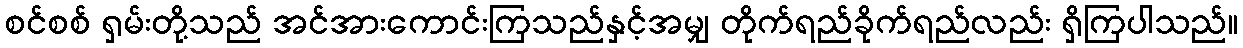
စင်စစ် ရှမ်းတို့သည် အင်အားကောင်းကြသည်နှင့်အမျှ တိုက်ရည်ခိုက်ရည်လည်း ရှိကြပါသည်။